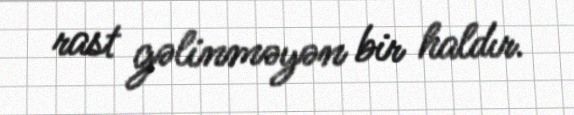
rast gəlinməyən bir haldır.